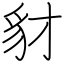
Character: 豺